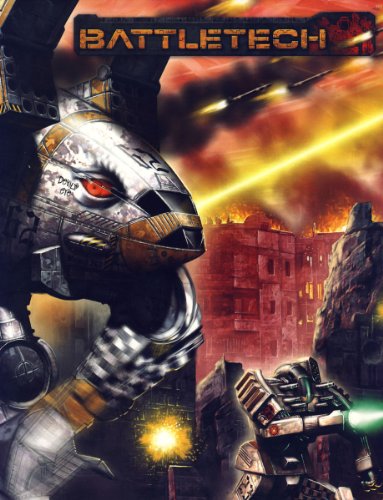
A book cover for Battletech Time of War GM Screen; Catalyst Game Labs; Science Fiction & Fantasy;